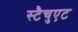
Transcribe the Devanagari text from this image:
स्टैचुएट